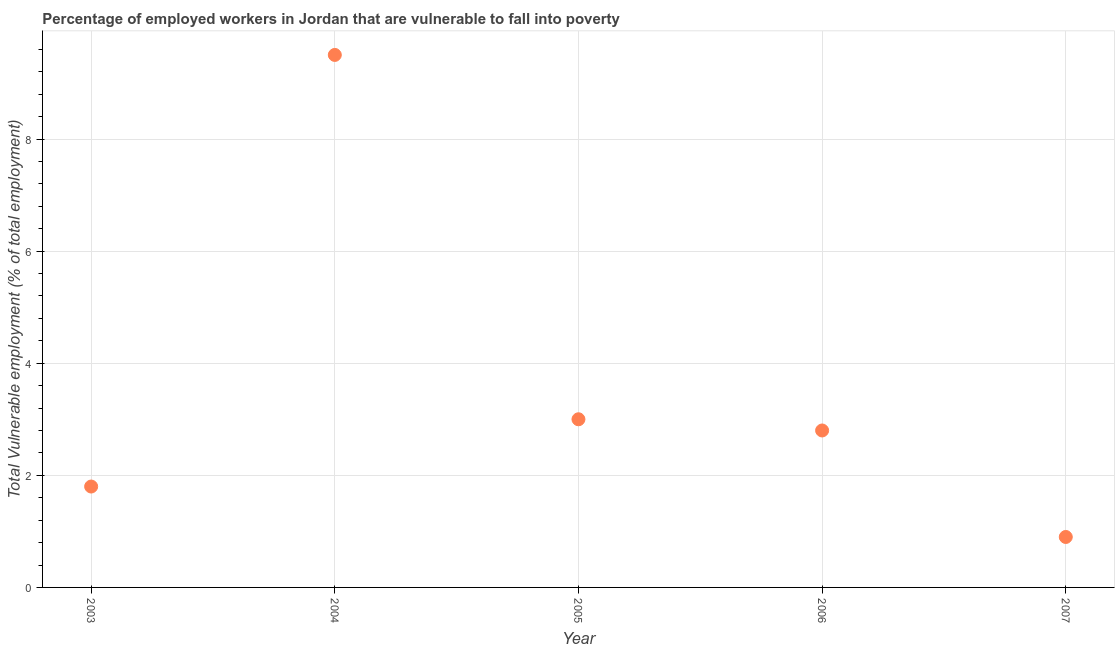
| Year | Vulnerable employment |
 | --- | --- |
 | 2003 | 1.8 |
 | 2004 | 9.5 |
 | 2005 | 3 |
 | 2006 | 2.8 |
 | 2007 | 0.9 |